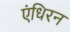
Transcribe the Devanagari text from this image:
एंधिरन